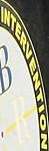
INTERVENTION